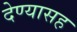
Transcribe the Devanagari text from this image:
देण्‍यासह